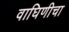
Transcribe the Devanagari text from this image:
वाघिणीचा